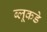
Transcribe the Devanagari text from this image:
ब्लूकडे